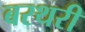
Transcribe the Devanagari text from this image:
बरथरी